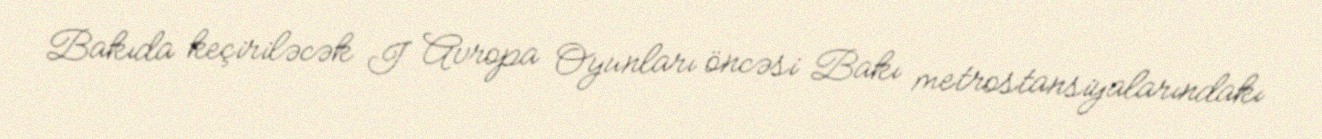
Bakıda keçiriləcək I Avropa Oyunları öncəsi Bakı metrostansiyalarındakı